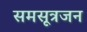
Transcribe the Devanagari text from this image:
समसूत्रजन